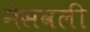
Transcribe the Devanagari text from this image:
नेसवली